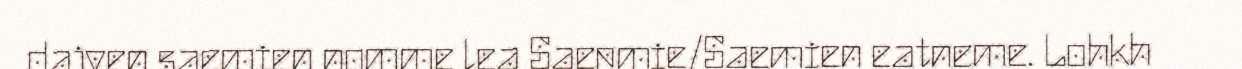
dajven saemien nomme lea Saepmie/Saemien eatneme. Lohkh